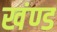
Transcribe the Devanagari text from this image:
खंण्ड